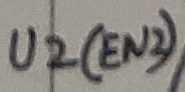
Text: U2(EN2)